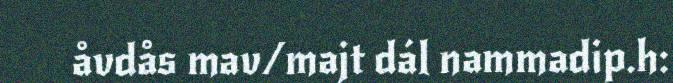
åvdås mav/majt dál nammadip.h: